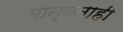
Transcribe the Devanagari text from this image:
मान्यताही